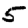
Digit: 5